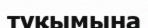
туқымына